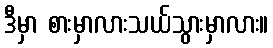
ဒီမှာ စားမှာလားသယ်သွားမှာလား။